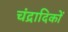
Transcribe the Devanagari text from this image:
चंद्रादिकों